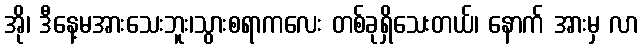
အို၊ ဒီနေ့မအားသေးဘူး၊သွားစရာကလေး တစ်ခုရှိသေးတယ်၊ နောက် အားမှ လာ